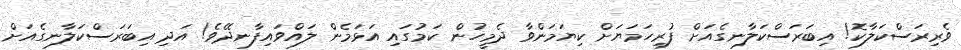
ވެރިރަސްކަލާކޮ! އިބަރަސްކަލާނގެއަށް ފުރިހަމަޔަށް ކިޔަމަންވާ ދެމީހުން ކަމުގައި އަޅަމެން ލައްވައިފާނދޭވެ! އަދި އިބަރަސްކަލާނގެއަށް